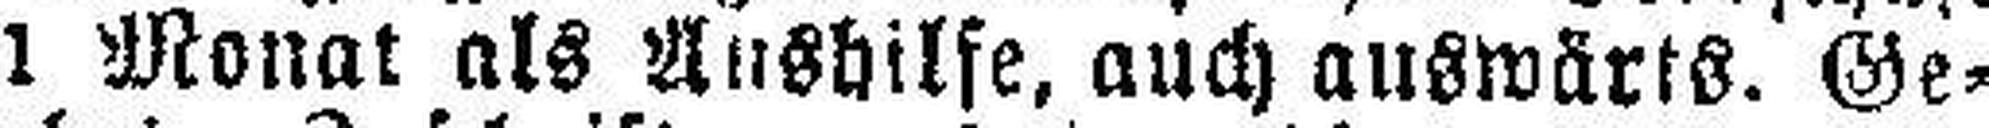
1 Monat als Ausbilfe, auch auswärts. Ge¬